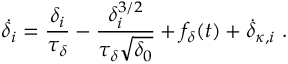
\dot { \delta } _ { i } = \frac { \delta _ { i } } { \tau _ { \delta } } - \frac { \delta _ { i } ^ { 3 / 2 } } { \tau _ { \delta } \sqrt { \delta _ { 0 } } } + f _ { \delta } ( t ) + \dot { \delta } _ { \kappa , i } \ .